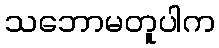
သဘောမတူပါက